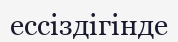
ессіздігінде